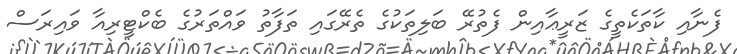
ފެނާއި ކާތަކެތީގެ ޒަރީޢާއިން ފެތުރޭ ބަލިތަކުގެ ތެރޭގައި ތަފާތު ވައްތަރުގެ ބެކްޓީރިއާ ވައިރަސް